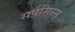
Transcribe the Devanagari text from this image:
सर्पसिरस्